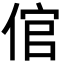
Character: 倌